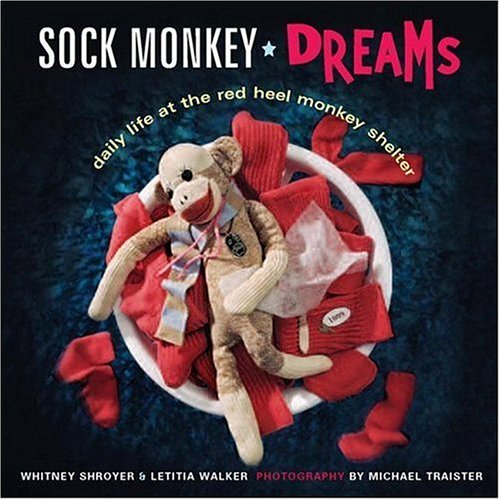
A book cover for Sock Monkey Dreams: Daily Life at the Red Heel Monkey Shelter; Whitney Shroyer; Crafts, Hobbies & Home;